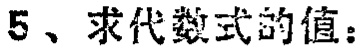
5、求代数式的值：